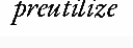
preutilize